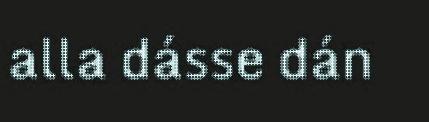
alla dásse dán